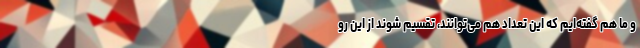
و ما هم گفته‌ایم که این تعداد هم می‌توانند، تقسیم شوند از این رو